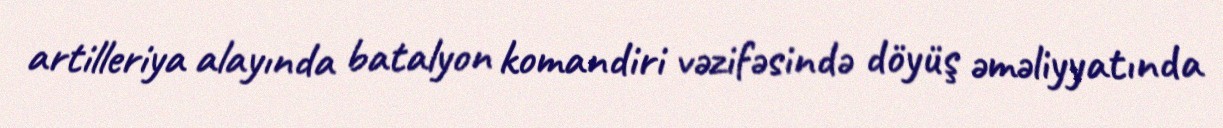
artilleriya alayında batalyon komandiri vəzifəsində döyüş əməliyyatında